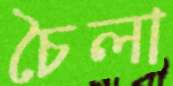
চৈলা